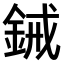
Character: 𫒞